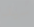
سيد